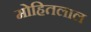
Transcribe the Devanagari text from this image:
मोहितलाल